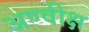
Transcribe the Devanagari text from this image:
अण्वीक्ष